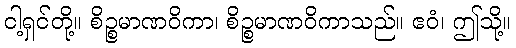
ငါ့ရှင်တို့။ စိဉ္စမာဏဝိကာ၊ စိဉ္စမာဏဝိကာသည်။ ဧဝံ၊ ဤသို့။